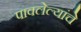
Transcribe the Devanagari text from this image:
पावलेल्यांचे